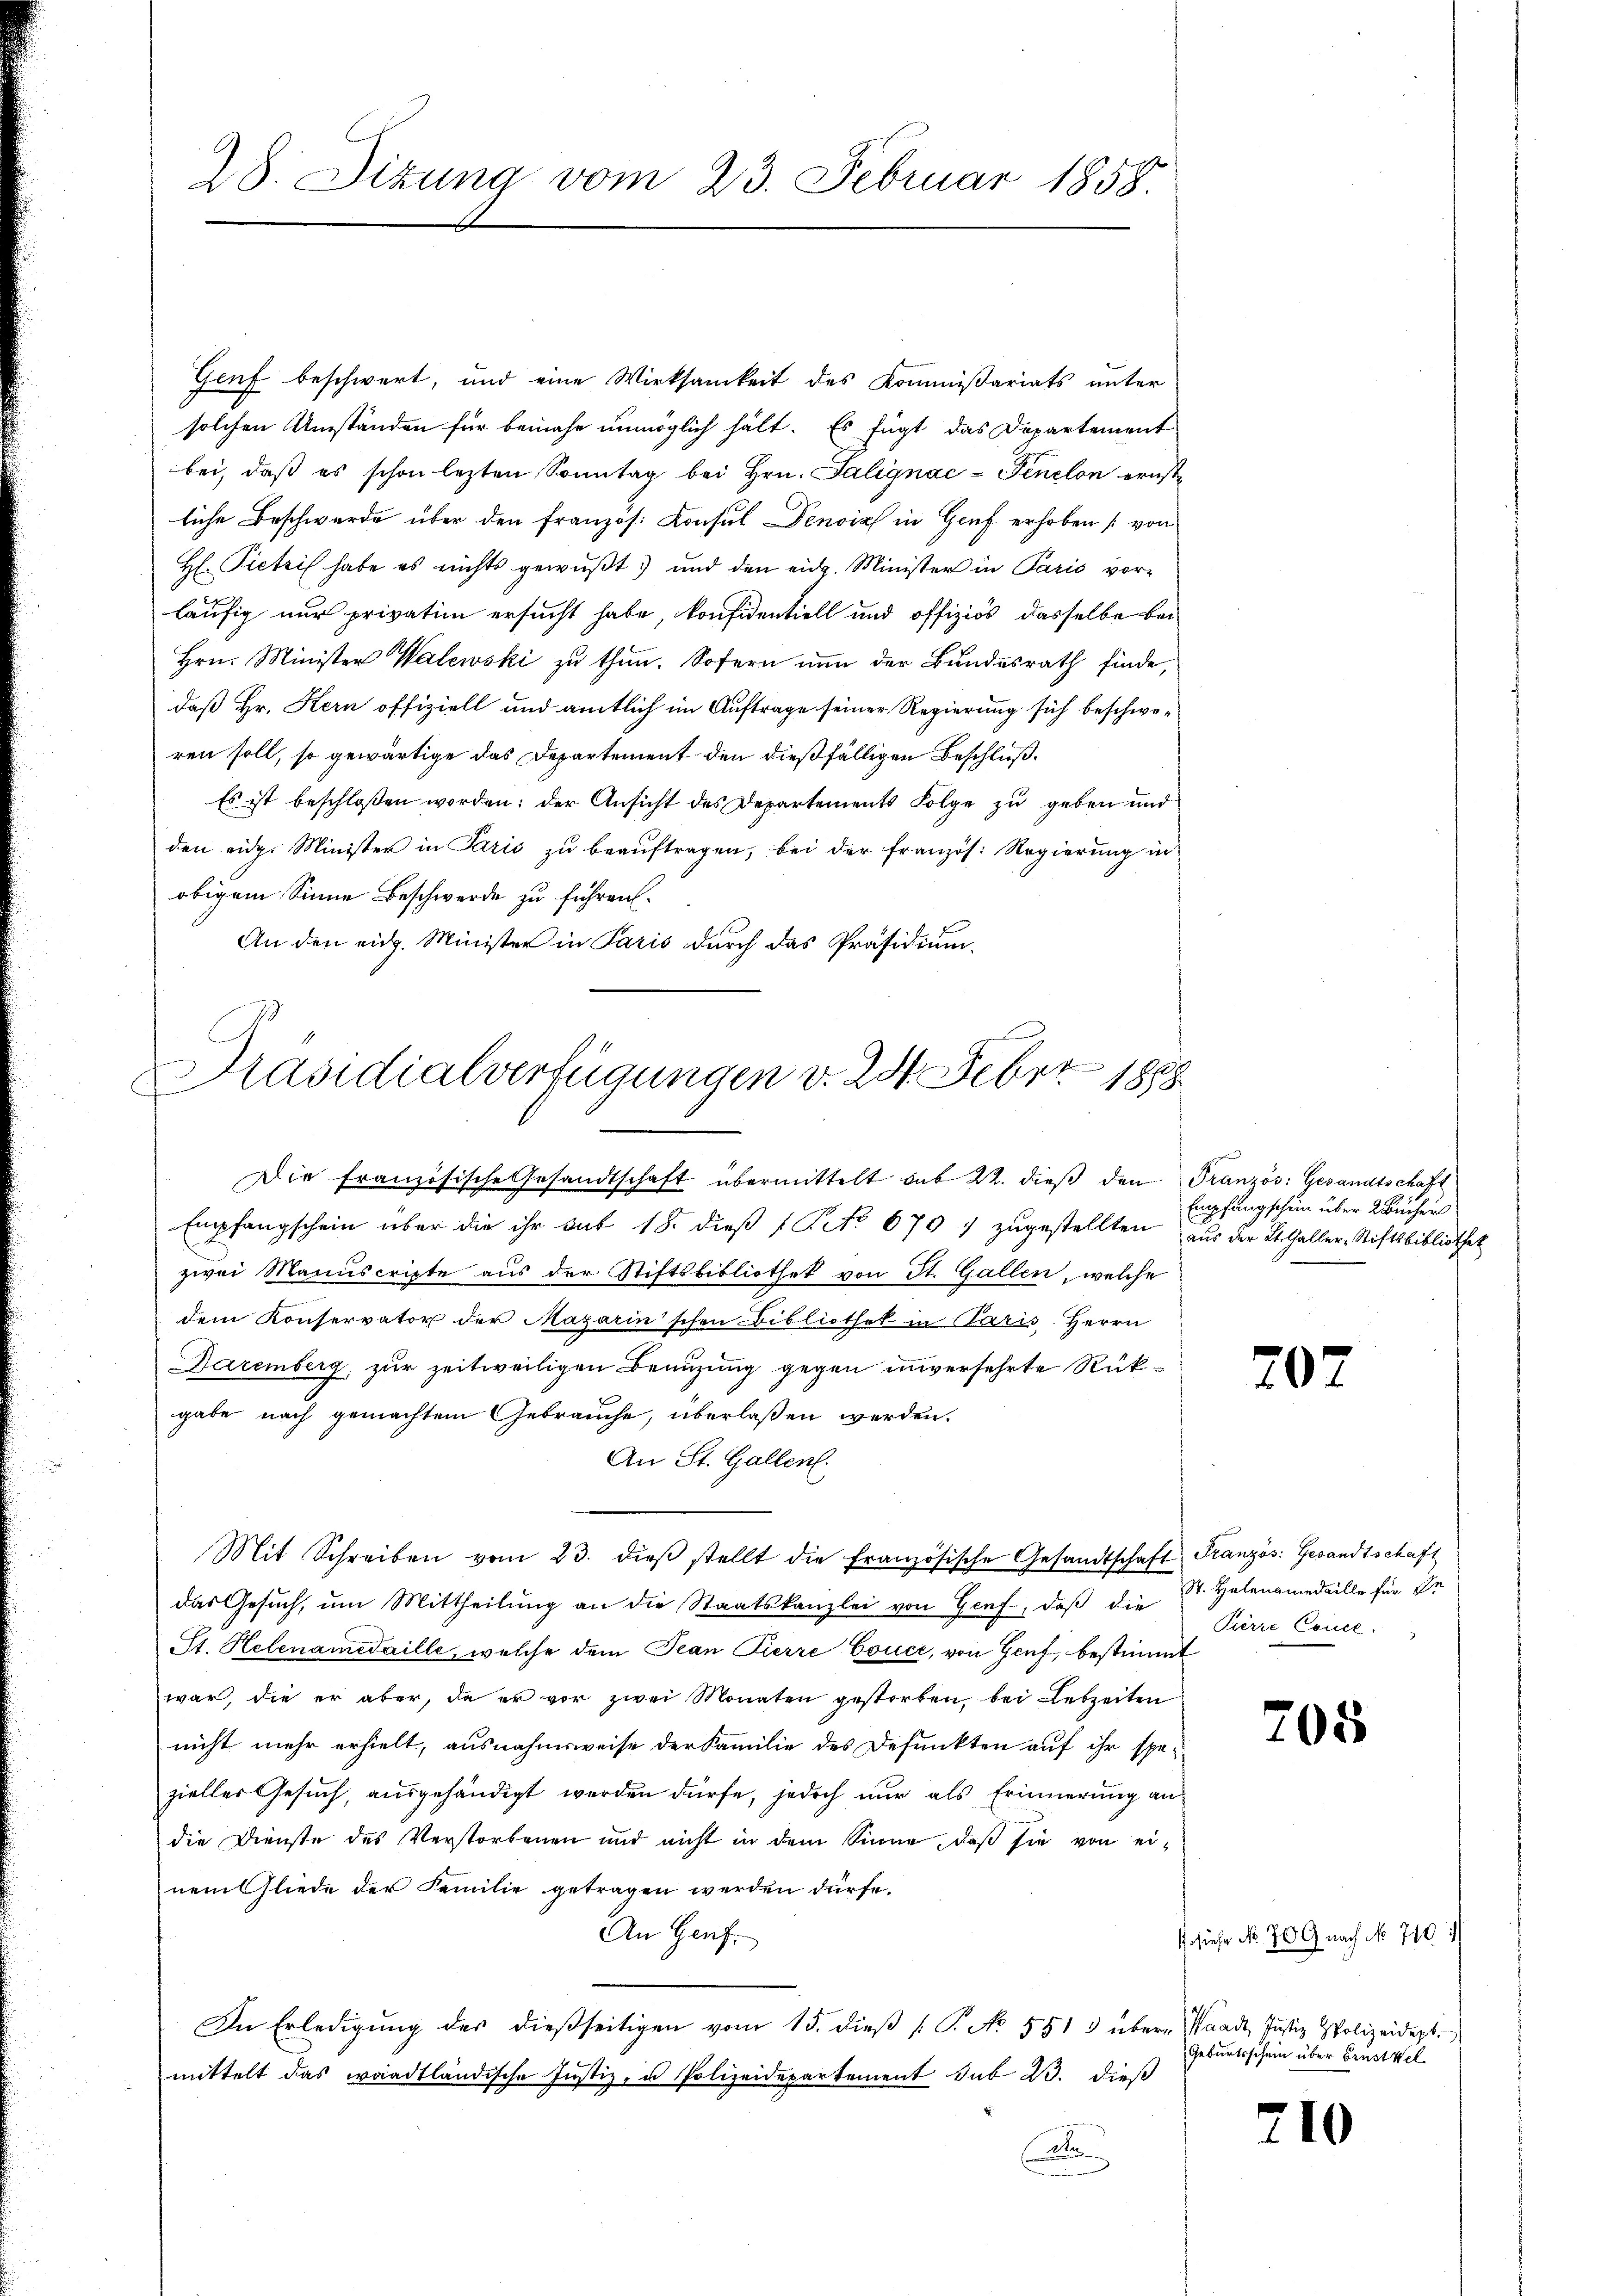
28. Sizung vom 23. Februar 1858.

Genf beschwert, und eine Wirksamkeit des Kommißariats unter
solchen Umständen für beinahe unmöglich hält. Es fügt das Departement
bei, daß es schon lezten Sonntag bei Hrn. Salignac-Fenelon ernstliche Beschwerde über den Französ. Konsul Denoiz in Genf erhoben [von
H Pietris habe es nichts gewußt und den eidg. Minister in Paris vorläufig nur privatim ersucht habe, konfidentiell und offiziös dasselbe bei¬
Hrn. Minister Walewski zu thun. Sofern nun der Bundesrath finde,
daß Hr. Kern offiziell und amtlich im Auftrage seiner Regierung sich beschweren soll, so gewärtige das Departement den dießfälligen Beschluß¬
Es ist beschloßen worden: der Ansicht des Departements Folge zu geben und
den eidg. Minister in Paris zŭ beaŭftragen, bei der französ. Regierung in
obigem Sinne Beschwerde zu führen.
An den eidg. Minister in Paris durch das Präsidium.
Die Französische Gesandtschaft übermittelt sub 22. dieß den Französ. Gesandtschaft
Empfangschein über die ihr sub 18. dieβ (ANo. 670 " zŭgestellten aus der St. Galler-Stiftsbibliothek
zwei Manuscripte aus der Stiftsbibliothek von St. Gallen, welche
dem Konservator der Magarinschen Bibliothek in Paris. Herrn
Daremberg, zur zeitweiligen Benuzung gegen unversehrte Rükgabe nach gemachtem Gebrauche, überlaßen werden.
An St. Gallen.
Mit Schreiben vom 23. dieβ stellt die französische Gesandtschaft Französ. Gesandtschaft
das Gesuch, um Mittheilung an die Staatskanzlei von Genf, daß die
St. Helenamedaille, welche dem Jean Pierre Couce, von Genf, bestimmt
war, die er aber, da er vor zwei Monaten gestorben, bei Lebzeiten
nicht mehr erhielt, ausnahmsweise der Familie des Defunkten auf ihr spe-
zieller Gesuch, ausgehändigt werden dürfe, jedoch nur als Erinnerung an
die Dienste des Verstorbenen und nicht in dem Sinne, daß sie von einem Gliede der Familie getragen werden dürfe.
An Genf.
In Erledigŭng des dießseitigen vom 15. dieβ (T. No. 551 3 über Waadt Justiz Polizeidigt.
mittelt das waadtländische Justiz- u Polizeidepartement sub 23. dieß
.

t
n
Präsidialverfügungen v. 24. Feber
 1888

Empfangschein über 2 Bücher

207

St. Helenamedaille für de
Pierre Concl.

205

s siehe No. 709 nach No 710. 1
Geburtsschein über Brustel

210